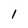
Character: l